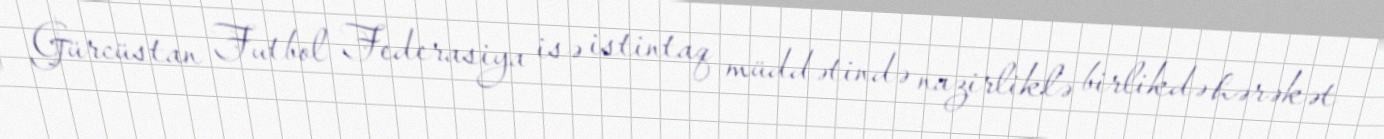
Gürcüstan Futbol Federasiya isə istintaq müddətində nazirliklə birlikdə hərəkət